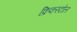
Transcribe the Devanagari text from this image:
क्रिकस्टोल